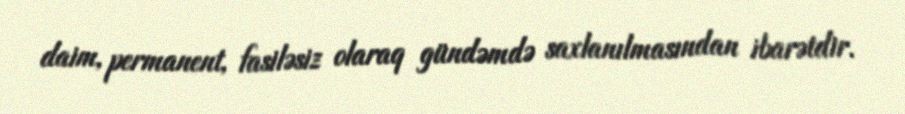
daim, permanent, fasiləsiz olaraq gündəmdə saxlanılmasından ibarətdir.